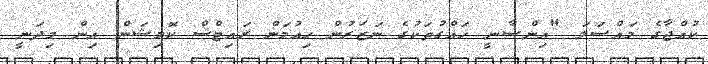
ކުއްޖާގެ މައްސަލަ "އިންސާނީ ހައްގުތަކުގެ ނަޒަރުން ހިއުމަން ރައިޓްސް ކޮމިޝަން އިން މިދަނީ